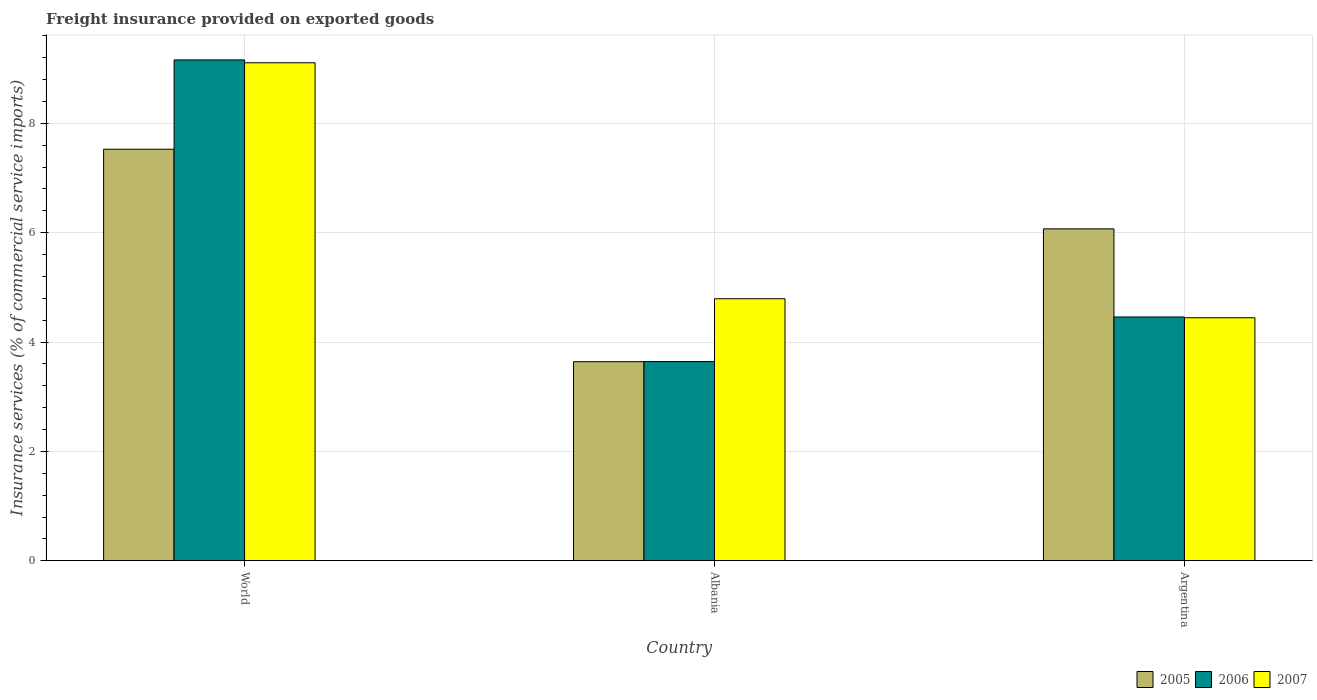
| Country | 2005 | 2006 | 2007 |
 | --- | --- | --- | --- |
 | World | 7.53 | 9.16 | 9.11 |
 | Albania | 3.64 | 3.64 | 4.79 |
 | Argentina | 6.07 | 4.46 | 4.44 |